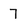
Character: 7